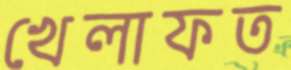
খেলাফত